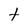
Character: t